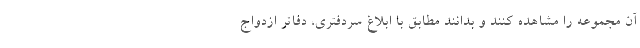
آن مجموعه را مشاهده کنند و بدانند مطابق با ابلاغ سردفتری، دفاتر ازدواج